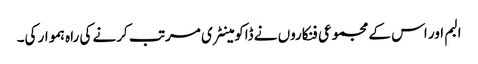
البم اور اس کے مجموعی فنکاروں نے ڈاکومینٹری مرتب کرنے کی راہ ہموار کی۔